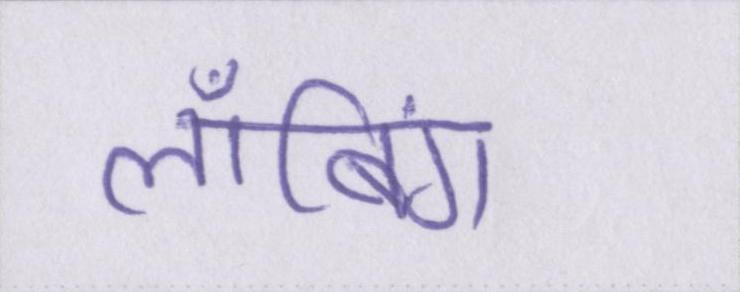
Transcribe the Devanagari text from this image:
लॉबिंग